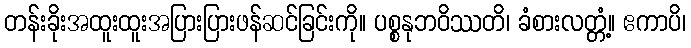
တန်းခိုးအထူးထူးအပြားပြားဖန်ဆင်ခြင်းကို။ ပစ္စနုဘဝိဿတိ၊ ခံစားလတ္တံ့။ ဧကာပိ၊